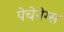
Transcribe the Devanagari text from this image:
पेचेनेग्स